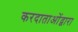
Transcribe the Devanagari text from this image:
करदाताओंद्वारा